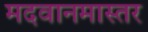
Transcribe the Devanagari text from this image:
मदवानमास्तर